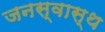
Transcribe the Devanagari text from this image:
जनस्वास्थ